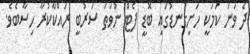
ދެ ވަނަ ކަމަކީ ހަށިގަނޑުގައި ބޮޑީ ފެޓް ނުވަތަ ސަރުބީ ރައްކާކުރާ ހިސާބެވެ.